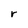
Character: r